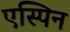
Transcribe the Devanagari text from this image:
एस्पिन